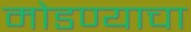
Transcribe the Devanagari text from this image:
मोडण्याचा